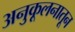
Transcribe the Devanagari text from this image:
अनुकूलनातून